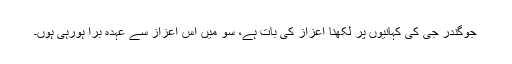
جوگندر جی کی کہانیوں پر لکھنا اعزاز کی بات ہے، سو میں اس اعزاز سے عہدہ برآ ہورہی ہوں۔